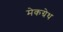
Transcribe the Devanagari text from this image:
मेकग्रेथ